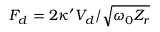
F _ { d } = 2 \kappa ^ { \prime } V _ { d } / \sqrt { \omega _ { 0 } Z _ { r } }